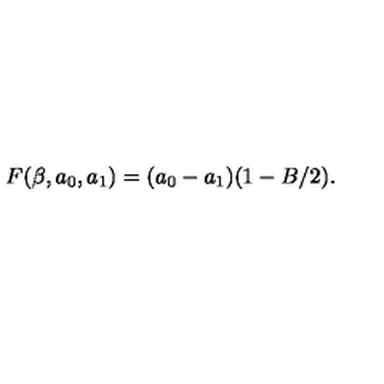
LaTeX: F ( \beta , a _ { 0 } , a _ { 1 } ) = ( a _ { 0 } - a _ { 1 } ) ( 1 - B / 2 ) .